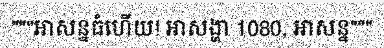
"""អាសន្នធំហើយ! អាសង្ហា 1080, អាសន្ន"""